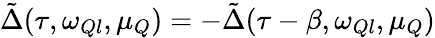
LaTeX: \tilde{\Delta}(\tau,\omega_{Ql},\mu_{Q})=-\tilde{\Delta}(\tau-\beta,\omega_{Ql},\mu_{Q})